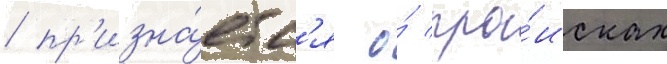
/ пр'изна́етс'я о́ про́исках